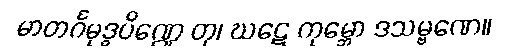
မာတင်္ဂမုဒ္ဓပိဏ္ဍေ တု၊ ဃဋေ ကုမ္ဘော ဒသမ္ဗဏေ။